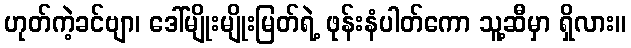
ဟုတ်ကဲ့ခင်ဗျာ၊ ဒေါ်မျိုးမျိုးမြတ်ရဲ့ ဖုန်းနံပါတ်ကော သူ့ဆီမှာ ရှိလား။